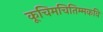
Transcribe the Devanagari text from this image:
कूचिमचितिम्मकवि